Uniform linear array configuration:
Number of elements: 64
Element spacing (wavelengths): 0.5
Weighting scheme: exponential
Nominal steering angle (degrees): -60
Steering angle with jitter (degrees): -61.353
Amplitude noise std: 0.05
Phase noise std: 0.05

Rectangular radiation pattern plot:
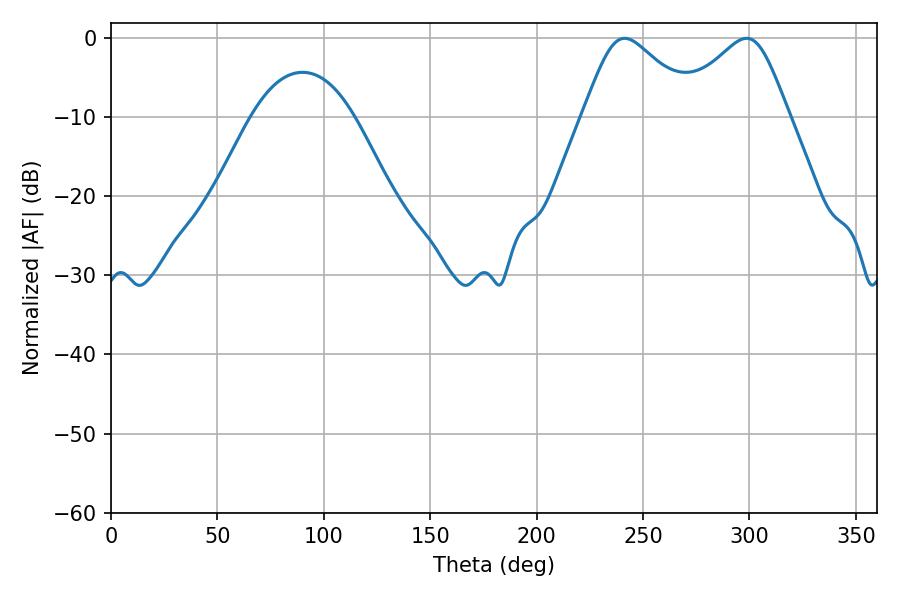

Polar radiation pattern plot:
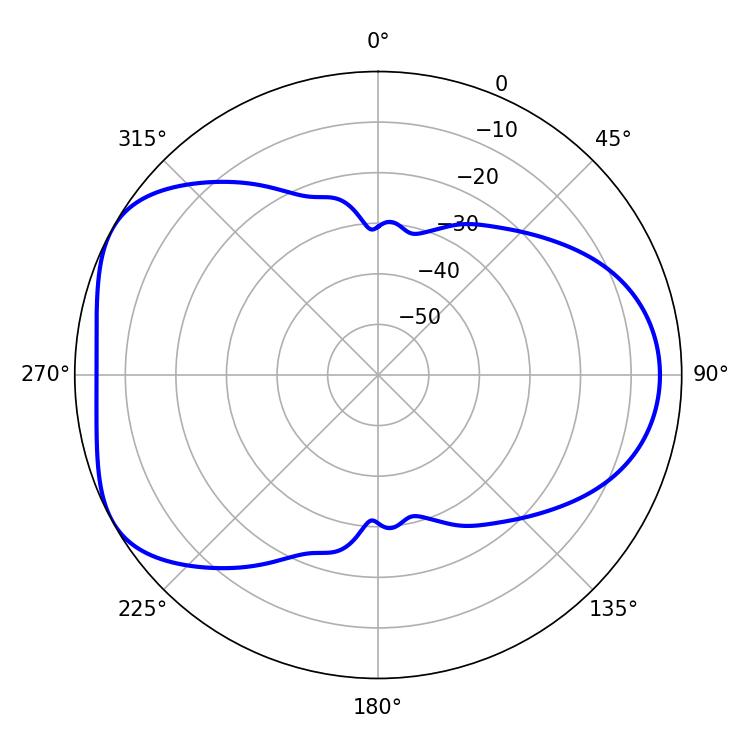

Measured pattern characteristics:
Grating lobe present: FALSE
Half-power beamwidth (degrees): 26.46
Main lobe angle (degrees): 241.38